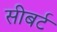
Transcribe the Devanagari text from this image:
सीबर्ट